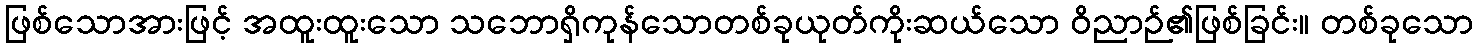
ဖြစ်သောအားဖြင့် အထူးထူးသော သဘောရှိကုန်သောတစ်ခုယုတ်ကိုးဆယ်သော ဝိညာဉ်၏ဖြစ်ခြင်း။ တစ်ခုသော